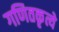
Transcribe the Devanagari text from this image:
गणितकृत्ये